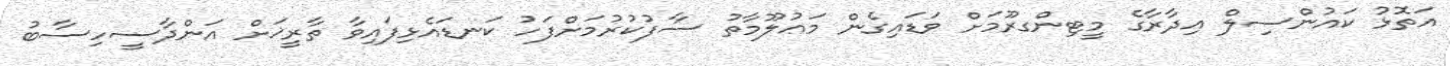
އަތޮޅު ކައުންސިލް އިދާރާގެ މީޓިންގރޫމަށް ވަޑައިގެން މަޢުލޫމާތު ސާފުކުރުމަށްފަހު ކަނޑައެޅިފައިވާ ތާރީޚަށް އަންދާސީހިސާބު